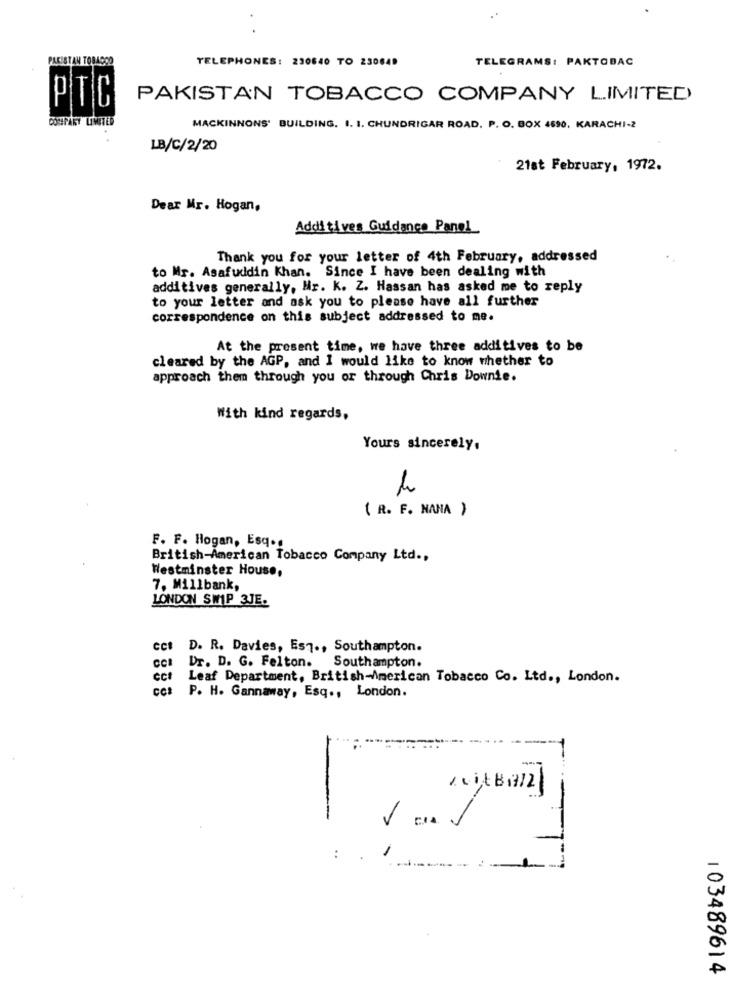
PAKISTAN TOBACCO
TELEPHONES: 230640 TO 230649
TELEGRAMS: PAKTOBAC
PAKISTAN TOBACCO COMPANY LIMITED
PTC
COUNTRY LIMITED
MACKINNONS' BUILDING. I. I. CHUNDRIGAR ROAD, P. O. BOX 4590, KARACHI-2
LB/C/2/20
21st February, 1972.
Dear Mr. Hogan,
Addi tives Guidance Panol
Thank you for your letter of 4th February, addressed
to Mr. Asafuddin Khan. Since I have been dealing with
additives generally, Hr. K. Z. Hassan has asked me to reply
to your letter and ask you to please have all further
correspondence on this subject addressed to me.
At the present time, we have three additives to be
cleared by the AGP, and I would like to know whether to
approach them through you or through Chris Downie.
With kind regards,
Yours sincerely.
( R. F. NANA )
F. F. Hogan, Esq ..
British-American Tobacco Company Ltd .,
Westminster House,
7, Millbank,
LONDON SWIP 3JE.
cct D. R. Davies, Esq ., Southampton.
cc: Dr. D. G. Felton. Southampton.
cct Leaf Department, British-American Tobacco Co. Ltd ., London.
cc: P. H. Gannaway, Esq ., London.
-
--
:
103489614